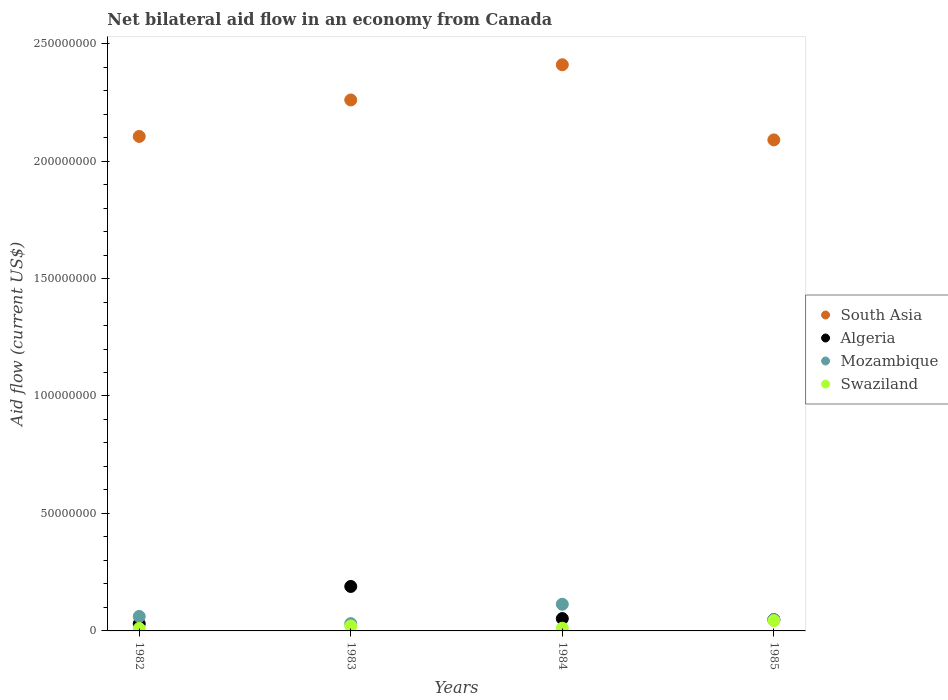
| Years | South Asia | Algeria | Mozambique | Swaziland |
 | --- | --- | --- | --- | --- |
 | 1982 | 2.1e+08 | 3.04e+06 | 6.16e+06 | 1.04e+06 |
 | 1983 | 2.26e+08 | 1.89e+07 | 3.1e+06 | 2.1e+06 |
 | 1984 | 2.41e+08 | 5.25e+06 | 1.14e+07 | 1.16e+06 |
 | 1985 | 2.09e+08 | 4.78e+06 | 4.77e+06 | 4.39e+06 |